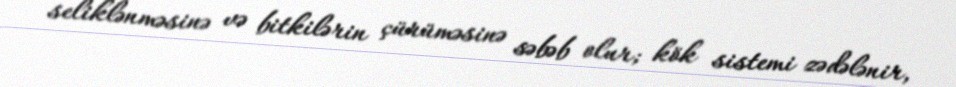
seliklənməsinə və bitkilərin çürüməsinə səbəb olur; kök sistemi zədələnir,